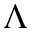
\Lambda